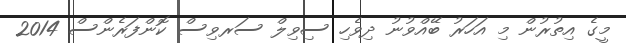
މީގެ އިތުރުން މި އަހަރު ބޭއްވުނު ދިވެހި ސިވިލް ސަރވިސް ކޮންފަރެންސް 2014